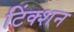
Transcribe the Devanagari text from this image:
टिंक्शन